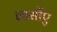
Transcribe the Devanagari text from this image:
लार्सोए